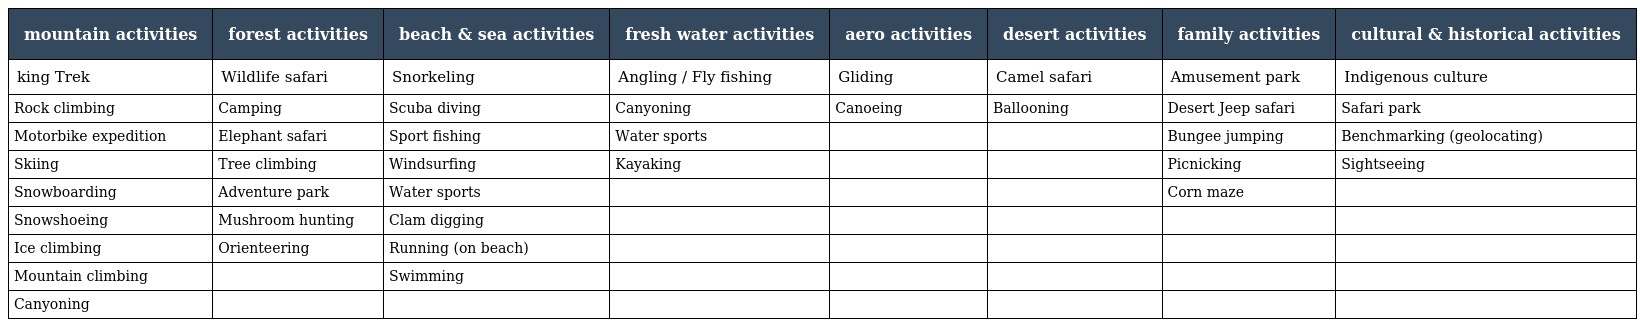
| mountain activities | forest activities | beach & sea activities | fresh water activities | aero activities | desert activities | family activities | cultural & historical activities |
 | --- | --- | --- | --- | --- | --- | --- | --- |
 | king Trek | Wildlife safari | Snorkeling | Angling / Fly fishing | Gliding | Camel safari | Amusement park | Indigenous culture |
 | Rock climbing | Camping | Scuba diving | Canyoning | Canoeing | Ballooning | Desert Jeep safari | Safari park |
 | Motorbike expedition | Elephant safari | Sport fishing | Water sports |  |  | Bungee jumping | Benchmarking (geolocating) |
 | Skiing | Tree climbing | Windsurfing | Kayaking |  |  | Picnicking | Sightseeing |
 | Snowboarding | Adventure park | Water sports |  |  |  | Corn maze |  |
 | Snowshoeing | Mushroom hunting | Clam digging |  |  |  |  |  |
 | Ice climbing | Orienteering | Running (on beach) |  |  |  |  |  |
 | Mountain climbing |  | Swimming |  |  |  |  |  |
 | Canyoning |  |  |  |  |  |  |  |